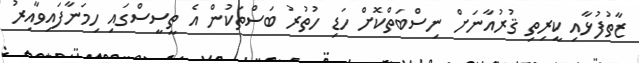
ޒާތުފުޅާއި ކީރިތި ޤުރުއާނަށް ނިސްބަތްކޮށް ހަޑި ހުތުރު ބަސްތަކުން އެ ތީސީސްގައި ހިމަނާފައިވާއިރު